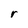
Character: r